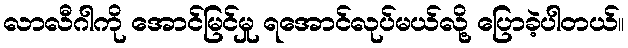
လာလီဂါကို အောင်မြင်မှု ရအောင်လုပ်မယ်လို့ ပြောခဲ့ပါတယ်။